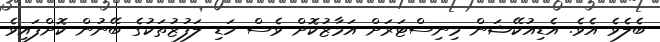
ބެލެވެ އެވެ. އެޑިއުކޭޝަން މިނިސްޓަރަށް އަމާޒުކޮށް ވެސް ހަޑި ލަފުޒުތަކުގެ ބޭނުން ކޮށްފައިވެ